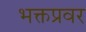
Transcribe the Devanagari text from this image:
भक्तप्रवर